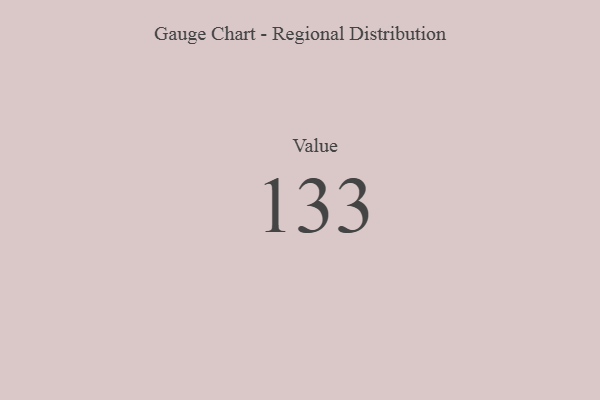
{"axis": {"x": "Metric", "y": "Value"}, "legend": [""], "data": [{"x": "Value", "y": 133, "type": ""}]}